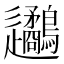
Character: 𨙧